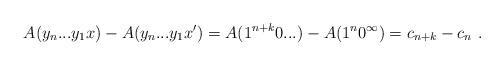
LaTeX: \begin{align*}A(y_n...y_1x) - A(y_n...y_1x') = A(1^{n+k}0...) - A(1^n0^\infty) = c_{n+k} - c_n \ . \end{align*}